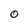
Character: 0